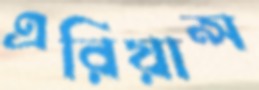
এরিয়ান্স